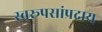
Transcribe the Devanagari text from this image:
स्वरूपसांप्रदाय